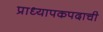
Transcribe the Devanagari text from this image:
प्राध्यापकपदाची